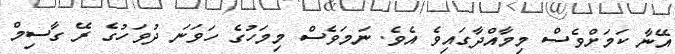
އޭނާ ކަމަށްވެސް މިމާއްދާގައިވެ އެވެ. ނަމަވެސް މިމަހުގެ ހަވަނަ ދުވަހުގެ ރޭ ގާސިމް